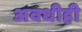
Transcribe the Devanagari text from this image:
अवधीही